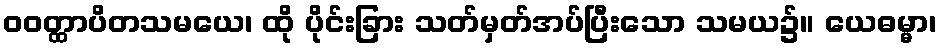
ဝဝတ္ထာပိတသမယေ၊ ထို ပိုင်းခြား သတ်မှတ်အပ်ပြီးသော သမယ၌။ ယေဓမ္မာ၊